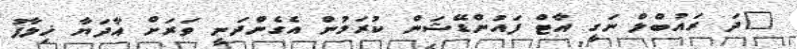
"ދަ ރައުބްލް ނަގީ އާޓް ފައުންޑޭޝަން ކުރަމުން އެގެންދަނީ ވަރަށް އާދަޔާ ޚިލާފު